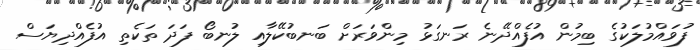
ފުވައްމުލަކުގެ ބިމުން އުފެއްދޭނެ ރަނގަޅު މިންވަރަށް ބަނބުކޭލާއި ލުނބޯ ފަދަ ތަކެތި އުފެއްދިޔަސް